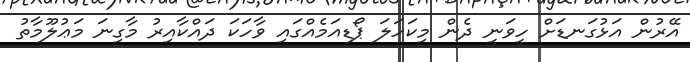
އޭރުން އަޅުގަނޑަށް ހީވަނީ ދެން މިކަހަލަ ޕޯޑިއަމެއްގައި ވާހަކަ ދައްކާއިރު މާގިނަ މަޢުލޫމާތު